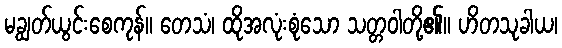
မချွတ်ယွင်းစေကုန်။ တေသံ၊ ထိုအလုံးစုံသော သတ္တဝါတို့၏။ ဟိတသုခါယ၊